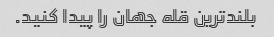
بلندترین قله جهان را پیدا کنید.